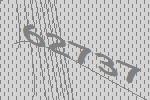
62737